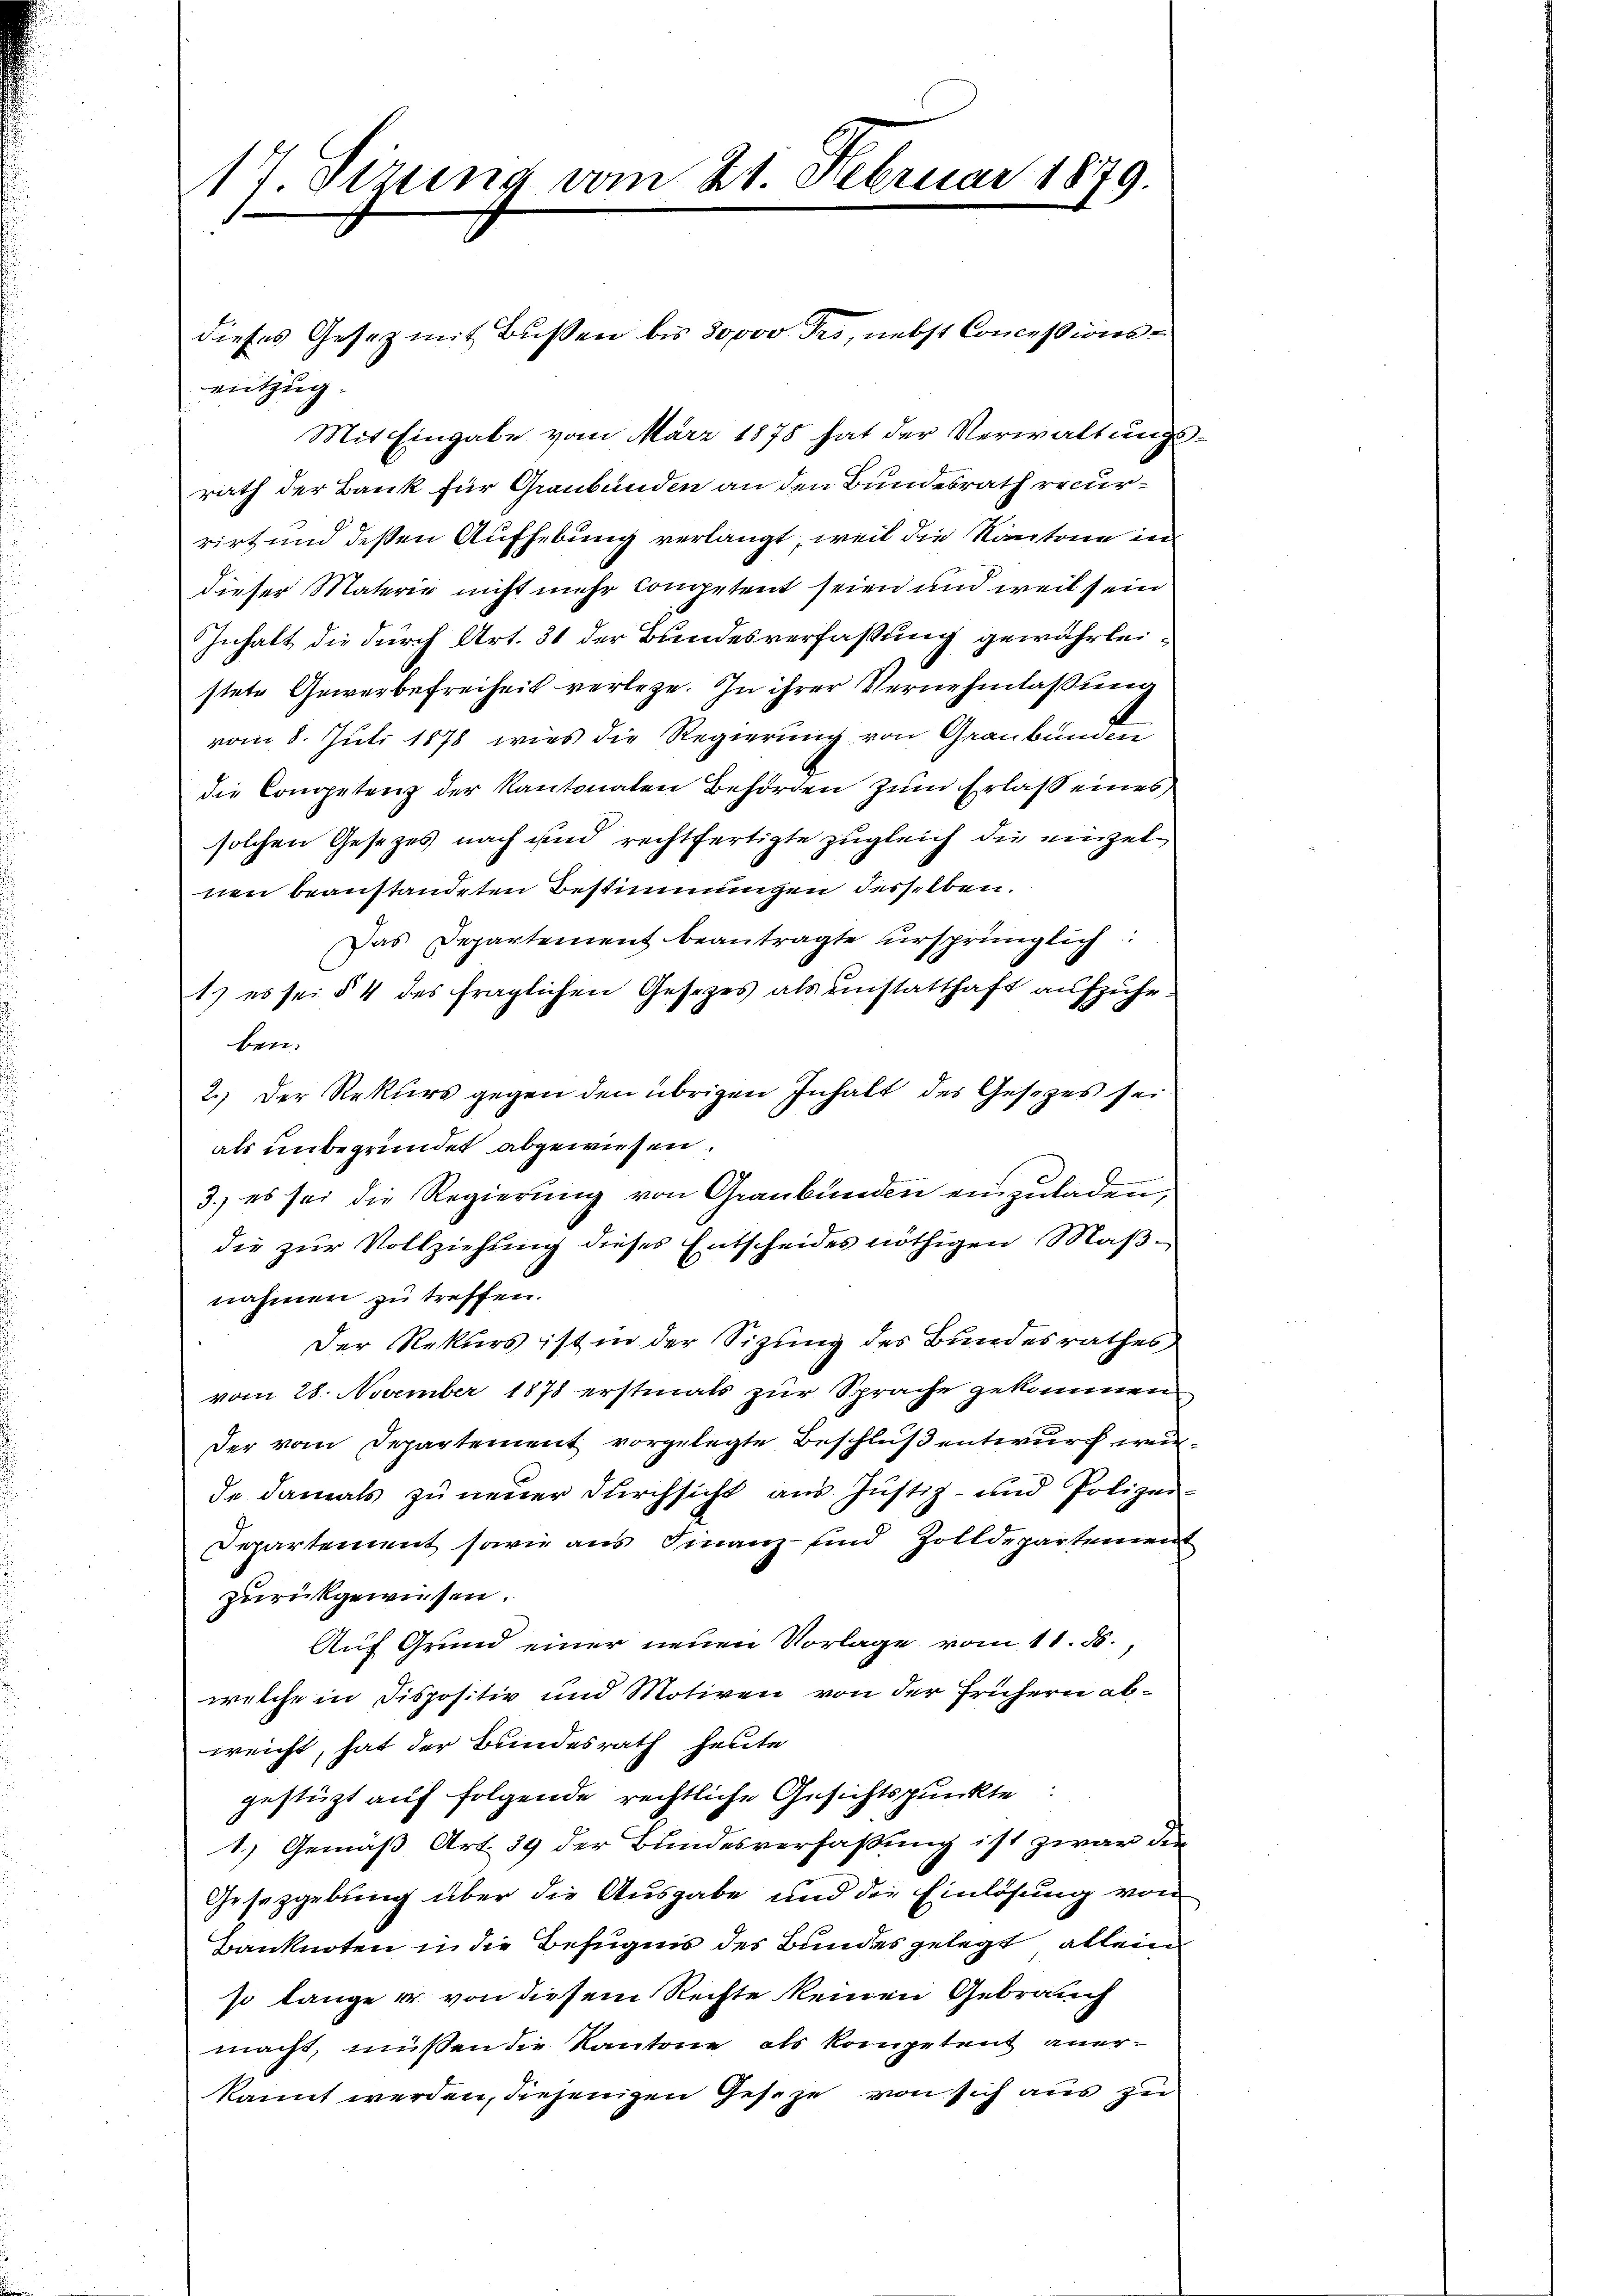
17. Sizung vom 21. Februar 1879.

dieses Gesetz mit Bußen bis 30000 Fr., nebst Concessionsentzug.

Mit Eingabe vom März 1878 hat der Verwaltungsrath der Bank für Graubünden an den Bundesrath recurrirt und dessen Aufhebung verlangt, weil die Kantone in
dieser Materie nicht mehr competent seien und weil sein
Inhalt die durch Art. 31 der Bundesverfaßung gewährleistete Gewerbefreiheit verlege. In ihrer Vernehmlassung
vom 8. Juli 1878 wies die Regierung von Graubünden
die Competenz der Kantonaten Behörden zum Erlaß eines
solchen Gesetzes nach und rechtfertigte zugleich die einzelven beanstandeten Bestimmungen desselben.
Das Departement beantragte ursprünglich
1.) es sei § 4 des fraglichen Gesezes als einstatthaft aufzuheben.
2.) Der Rekurs gegen den übrigen Inhalt des Gesetzes sei
als unbegründet abgewiesen.
3.) es sei die Regierung von Graubünden einzuladen.
die zur Vollziehung dieses Entscheides nöthigen Maßnahmen zu treffen.
Der Rekurs ist in der Sizung des Bundesrathes
vom 28. November 1878 erstmals zur Sprache gekommen
Der vom Departement vorgelegte Beschluß entwurf wirde damals zu neuer Durchsicht aus Justiz- und Polizei-
Departement sowie aus Finanz- und Zolldepartement
zurückgewiesen.
Auf Grund einer neuen Vorlage vom 11. ds.,
welche in dispositiv und Motiven von der frühern abweicht, hat der Bundesrath heute
gestüzt auf folgende rechtliche Gesichtspunkte:
1.) Gemäß Art. 39 der Bundesverfassung ist zwar die
Gesetzgebung über die Ausgabe und die Einlösung von
Banknoten in die Befugnis des Bundes gelegt allein
so lange er von diesem Rechte keinen Gebrauch
macht, müssen die Kantone als kompetent anerkannt werden, diejenigen Geseze von sich aus zu